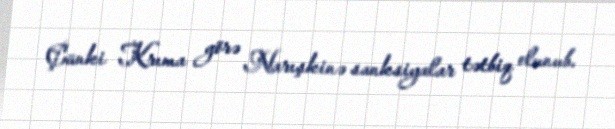
Çünki Krıma görə Narışkinə sanksiyalar tətbiq olunub.